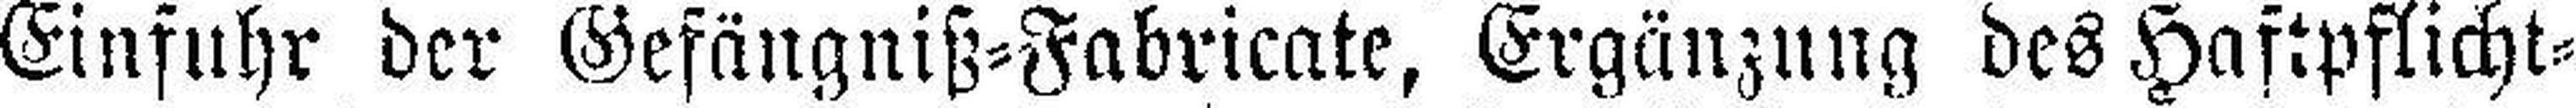
Einfuhr der Gefängniß=Fabricate, Ergänzung des Haftpflicht¬